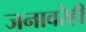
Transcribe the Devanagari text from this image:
जनावरेही